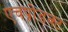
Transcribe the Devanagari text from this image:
एचप्रोडक्ट